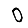
Digit: 0